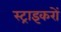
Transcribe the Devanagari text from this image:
स्ट्राइकरों